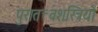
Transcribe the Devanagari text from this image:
पुरातत्त्वशस्त्रियों